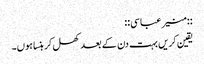
::منیر عباسی::
یقین کریں بہت دن کے بعد کھل کر ہنسا ہوں۔